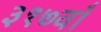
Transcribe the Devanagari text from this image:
३१७वाँ